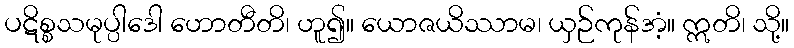
ပဋိစ္စသမုပ္ပါဒေါ ဟောတီတိ၊ ဟူ၍။ ယောဇယိဿာမ၊ ယှဉ်ကုန်အံ့။ ဣတိ၊ သို့။